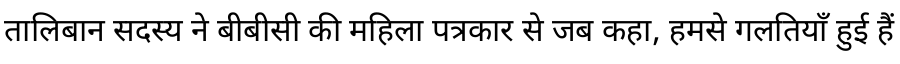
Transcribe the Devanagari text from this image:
तालिबान सदस्य ने बीबीसी की महिला पत्रकार से जब कहा, हमसे गलतियाँ हुई हैं